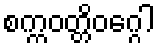
စက္ကဝတ္တိဝဂ္ဂေါ